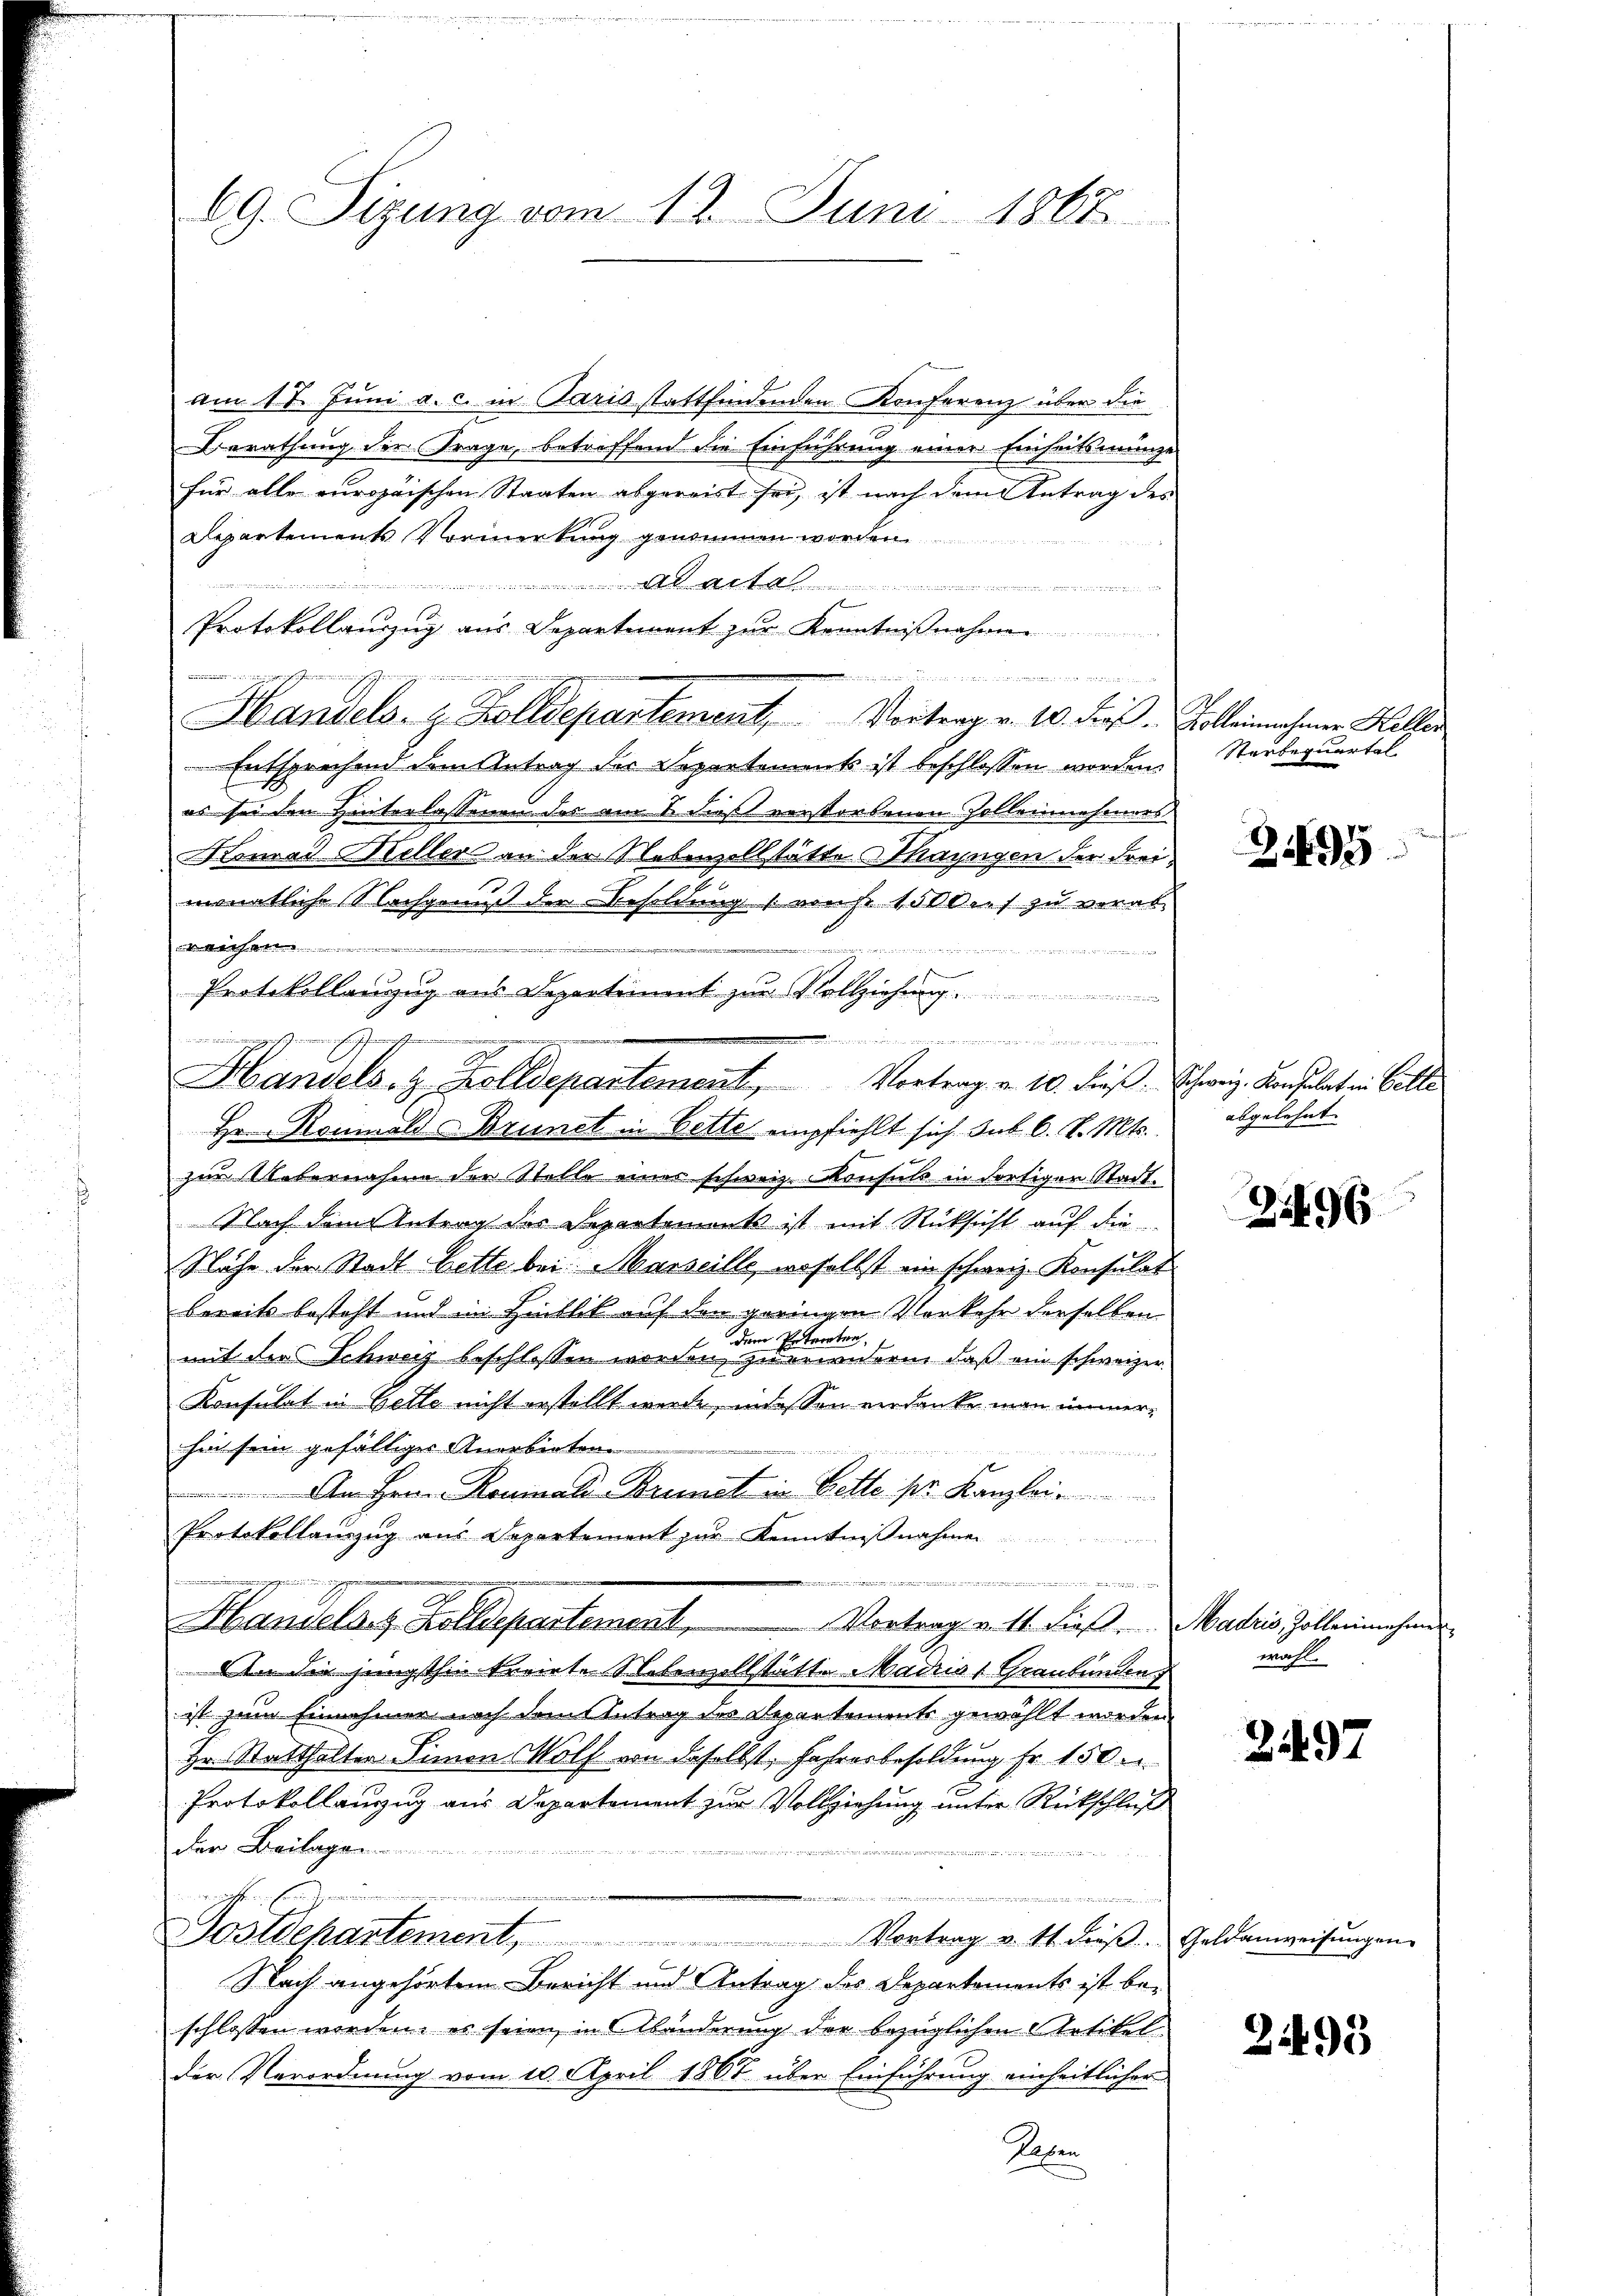
69. Sizung vom 12. Juni 1867

am 18. Juni a. c. in Paris stattfindenden Konferenz über die
Berathung der Frage, betreffend die Einführung einer Einheitsmänge
für alle europäischen Staaten abgereist sei, ist nach dem Antrag des
Departements Vormerkung genommen worden
t
Protokollanzzug aus Departement zur Kenntnißnahme
don den und eine er gegen

Handels. z. Zolldepartement, Vortrag v. 10. Fr. Galleinahmen Helen
Entsprechend dem Antrag des Separtements ist beschlossen worden.
es sei den Hinterlassenen des am 8. dieß verstorbenen Zollennehmers
Atomai Heller an der Nebenzollstätte a Mayngen der Freimonatliche Nachgenuß der Besoldung (von 150 dies zu verab¬

iinen Mann einen ein
Protokollanzug aus Departiment zur Vollziehung.
Hr. Rommold Brunet in Bette empfiehlt sich sub 6. d. Mts.
zur Uebernahme der Stelle einer schweiz. Konsuls in dortigen Stadt.
Nach dem Antrag des Departements ist mit Rücksicht auf die
Nähe der Stadt bette bei Marseille, woselbst ein schweiz. Konsulat
bereits besteht und im Hinblick auf den geringen Verkehr derselben
 dem Petereten,
mit der Schweiz beschlossen worden, zugrundern, daß ein schweizer-
Konsulat in Gette nicht erstellt werde, indes von eindanke man immerhin sein gefälliger Anerbieten

An Hrrn. Rominali Brunst in Bette pr. Kanzlei
Protokollanzzug aus Departement zur Kenntniβnahmen
e

Handelar, Solldepartement
Vortrag u. 11 dieß.  Madris, Zollenmehrer
An die jüngsthin kreirte Nebenzollstätte Madria (Graubünden
ist zum Einnahmen nach dem Antrag des Departement gewählt worden,
Hr. Statthalter Simon Mölf von daselbst, Jahresbesoldung Fr. 150.
Protokollanzug aus Departement zur Vollziehung unter Rückschluß
Der Beilage

.

Gostlchartement. Vortrag v. 11. dieβ. Geldanweisŭngen.
Nach angehörtem Bericht und Antrag des Departements ist beschlossen worden, es seien in Abänderung der bezüglichen Artikel
der Verordnung vom 10. April 1867 über Einführung einheitlicher
Sehen

namen eine an de
in die wenn eingezeich zu einen auch immerschien
Handels. z. Zolldepartement, Vortrag v. 10. dieß. Schweiz. Konsulat in Balle

Sterbequartal

495

abgelehnt. |

3496

wahl.

21497

2493